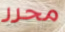
محرر